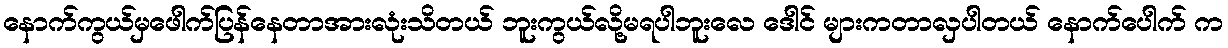
နောက်ကွယ်မှဖေါက်ပြန်နေတာအားလုံးသိတယ် ဘူးကွယ်လို့မရပါဘူးလေ ဒေါင် များကတာလှပါတယ် နောက်ပေါက် က